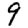
Digit: 9